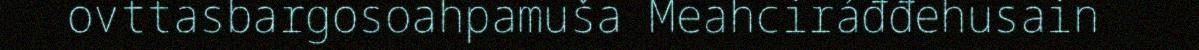
ovttasbargosoahpamuša Meahciráđđehusain